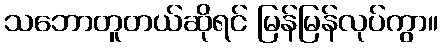
သဘောတူတယ်ဆိုရင် မြန်မြန်လုပ်ကွာ။